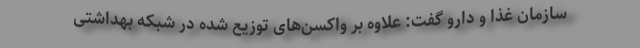
سازمان غذا و دارو گفت: علاوه بر واکسن‌های توزیع شده در شبکه بهداشتی